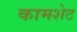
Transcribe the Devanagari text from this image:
कामशेट